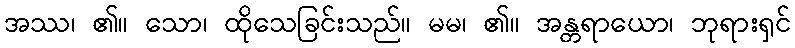
အဿ၊ ၏။ သော၊ ထိုသေခြင်းသည်။ မမ၊ ၏။ အန္တရာယော၊ ဘုရားရှင်